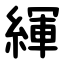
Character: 緷